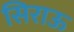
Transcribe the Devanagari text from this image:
सिराऊ